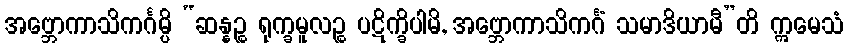
အဗ္ဘောကာသိကင်္ဂမ္ပိ “ဆန္နဉ္စ ရုက္ခမူလဉ္စ ပဋိက္ခိပါမိ, အဗ္ဘောကာသိကင်္ဂံ သမာဒိယာမီ”တိ ဣမေသံ